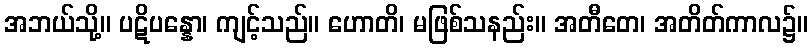
အဘယ်သို့။ ပဋိပန္နော၊ ကျင့်သည်။ ဟောတိ၊ မဖြစ်သနည်း။ အတီတေ၊ အတိတ်ကာလ၌။